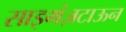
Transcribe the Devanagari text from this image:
साइमंज़टाऊन